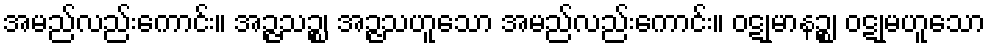
အမည်လည်းကောင်း။ အဉ္ဇသဉ္စ၊ အဉ္ဇသဟူသော အမည်လည်းကောင်း။ ဝဋုမာနဉ္စ၊ ဝဋုမဟူသော